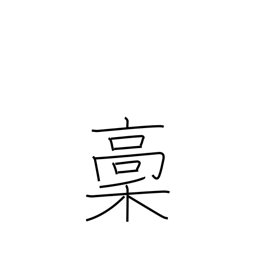
Meaning: rough copy